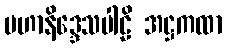
မဟာနိဒ္ဒေသပါဠိ အဋ္ဌကထာ